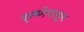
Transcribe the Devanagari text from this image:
कृष्णेपासून